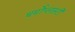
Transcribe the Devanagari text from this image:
थर्मोप्लास्टी